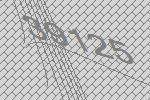
39125